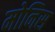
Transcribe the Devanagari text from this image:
मोनिस